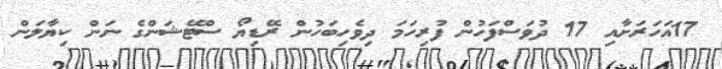
17އަހަރަށާއި 17 ދުވަސްފަހުން ފުރިހަމަ ދިވެހިބަހުން ރޭޑިޔޯ ސްޓޭޝަންގެ ނަން ކިޔާލަން